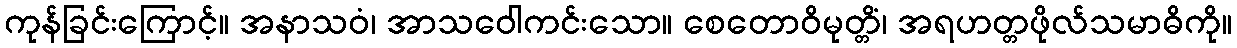
ကုန်ခြင်းကြောင့်။ အနာသဝံ၊ အာသဝေါကင်းသော။ စေတောဝိမုတ္တိံ၊ အရဟတ္တဖိုလ်သမာဓိကို။